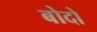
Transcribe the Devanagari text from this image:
बोदो